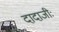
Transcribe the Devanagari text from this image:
दादाजीः